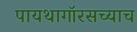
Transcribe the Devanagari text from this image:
पायथागॉरसच्याच